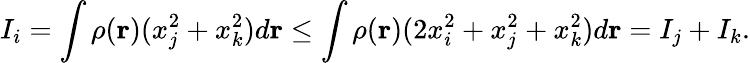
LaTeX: I_{i}=\int\rho({\mathbf r})(x_{j}^{2}+x_{k}^{2})d{\mathbf r}\leq\int\rho({\mathbf r})(2x_{i}^{2}+x_{j}^{2}+x_{k}^{2})d{\mathbf r}=I_{j}+I_{k}.